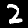
Label: 2